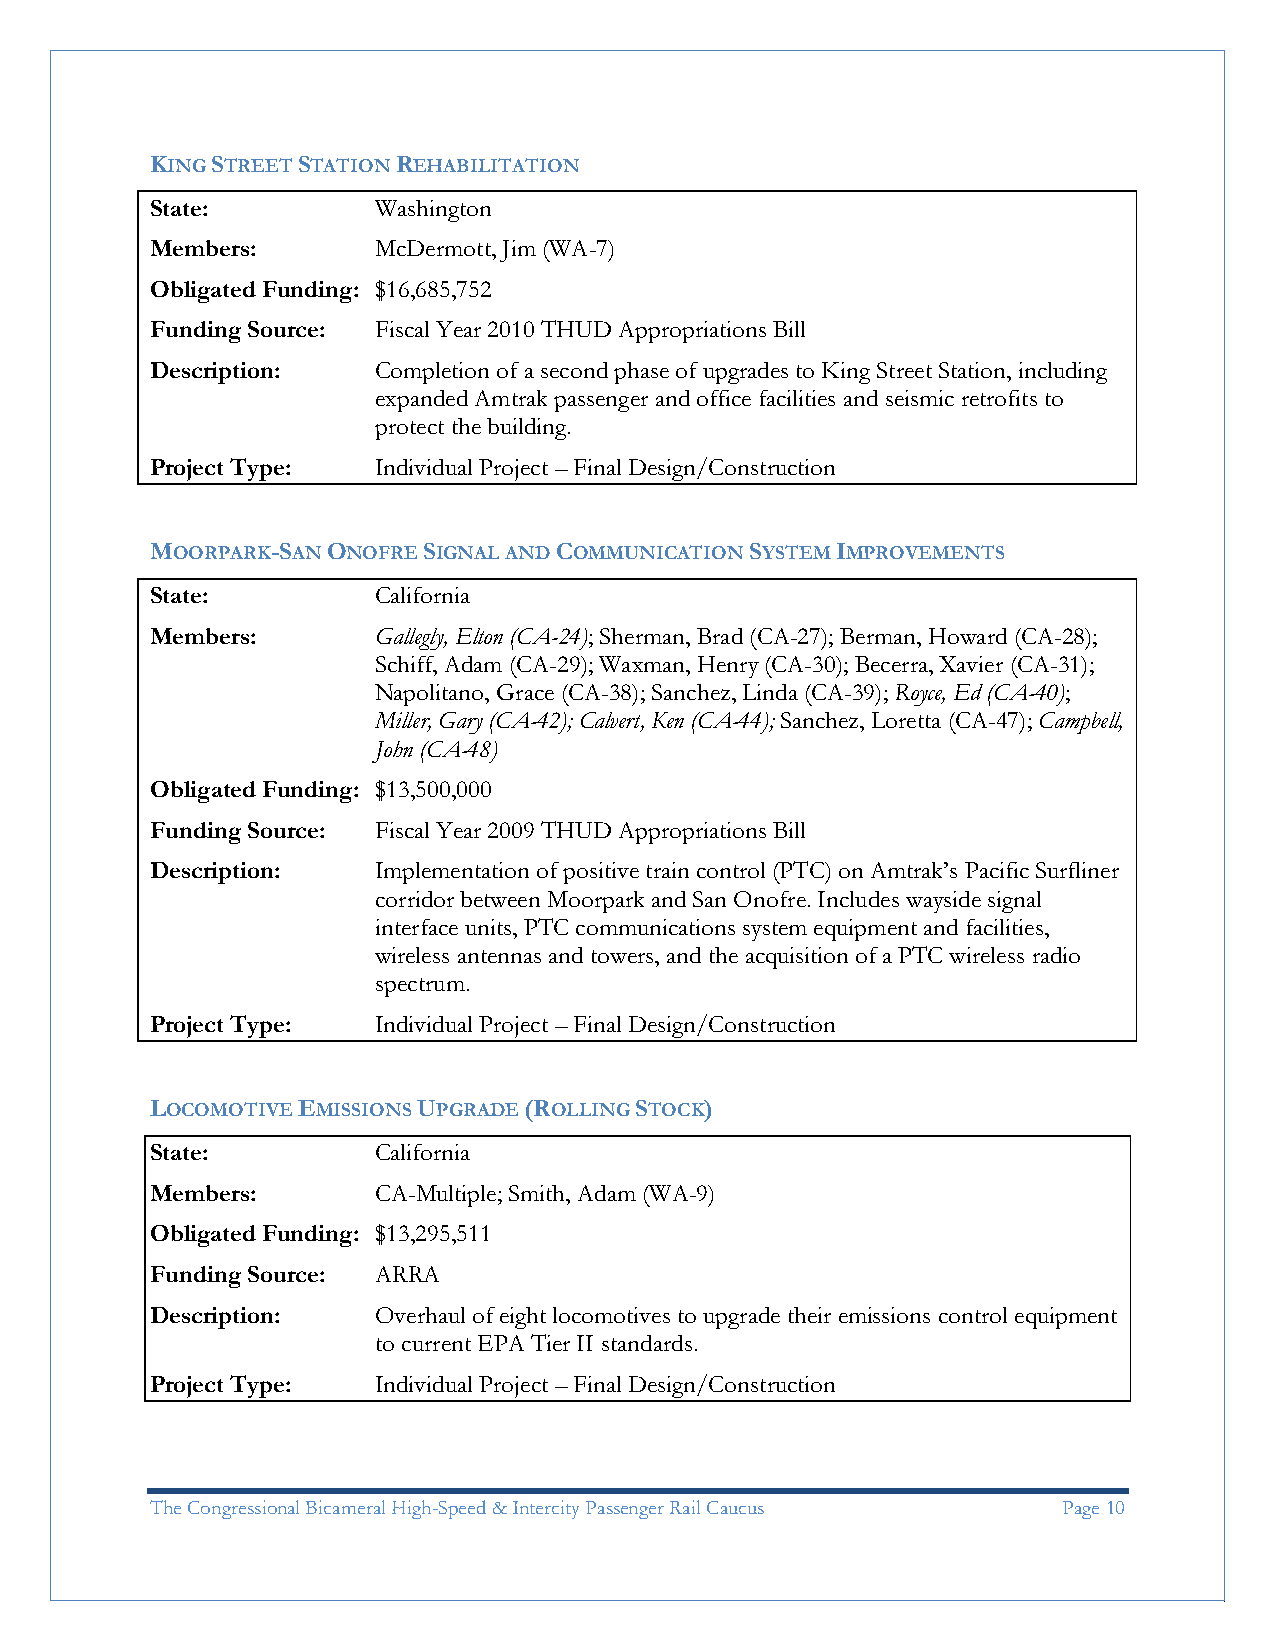
KING STREET STATION REHABILITATION
 State:         Washington
 Members:       McDermott, Jim (WA-7)
 Obligated Funding: $16,685,752
 Funding Source: Fiscal Year 2010 THUD Appropriations Bill
 Description:   Completion of a second phase of upgrades to King Street Station, including
 expanded Amtrak passenger and office facilities and seismic retrofits to
 protect the building.
 Project Type:  Individual Project – Final Design/Construction
 MOORPARK-SAN ONOFRE SIGNAL AND COMMUNICATION SYSTEM IMPROVEMENTS
 State:         California
 Members:       Gallegly, Elton (CA-24); Sherman, Brad (CA-27); Berman, Howard (CA-28);
 Schiff, Adam (CA-29); Waxman, Henry (CA-30); Becerra, Xavier (CA-31);
 Napolitano, Grace (CA-38); Sanchez, Linda (CA-39); Royce, Ed (CA-40);
 Miller, Gary (CA-42); Calvert, Ken (CA-44); Sanchez, Loretta (CA-47); Campbell,
 John (CA-48)
 Obligated Funding: $13,500,000
 Funding Source: Fiscal Year 2009 THUD Appropriations Bill
 Description:   Implementation of positive train control (PTC) on Amtrak’s Pacific Surfliner
 corridor between Moorpark and San Onofre. Includes wayside signal
 interface units, PTC communications system equipment and facilities,
 wireless antennas and towers, and the acquisition of a PTC wireless radio
 spectrum.
 Project Type:  Individual Project – Final Design/Construction
 LOCOMOTIVE EMISSIONS UPGRADE (ROLLING STOCK)
 State:         California
 Members:       CA-Multiple; Smith, Adam (WA-9)
 Obligated Funding: $13,295,511
 Funding Source: ARRA
 Description:   Overhaul of eight locomotives to upgrade their emissions control equipment
 to current EPA Tier II standards.
 Project Type:  Individual Project – Final Design/Construction
 The Congressional Bicameral High-Speed & Intercity Passenger Rail Caucus Page 10